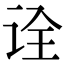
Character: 诠